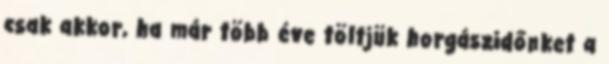
csak akkor, ha már több éve töltjük horgászidőnket a